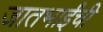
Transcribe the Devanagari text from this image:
जातभाईंची